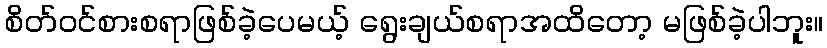
စိတ်ဝင်စားစရာဖြစ်ခဲ့ပေမယ့် ရွေးချယ်စရာအထိတော့ မဖြစ်ခဲ့ပါဘူး။